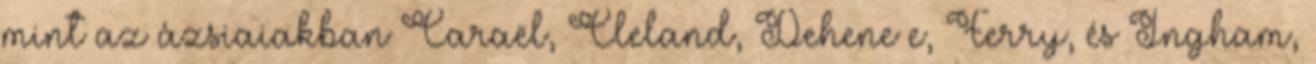
mint az ázsiaiakban Caraël, Cleland, Deheneﬀe, Ferry, és Ingham,